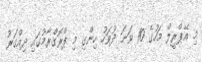
މި އޭޕްރީލް މަހުގެ 10 ވަނަ ދުވަހު ހިންގި މި ޕްރޮގްރާމުގައި ދިއްގަރު